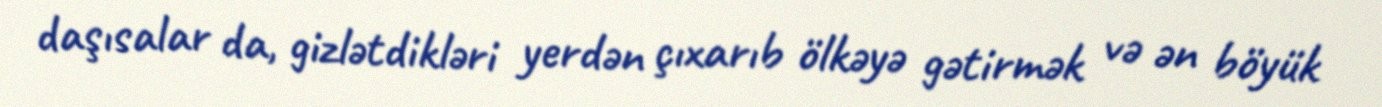
daşısalar da, gizlətdikləri yerdən çıxarıb ölkəyə gətirmək və ən böyük